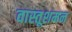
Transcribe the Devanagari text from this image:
वास्तूशमन